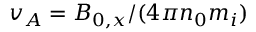
v _ { A } = B _ { 0 , x } / ( 4 \pi n _ { 0 } m _ { i } )